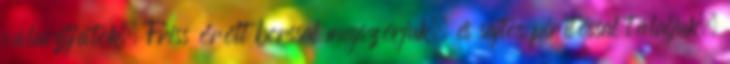
választjátok. Friss őrölt borssal megszórjuk, és sajtos pirítóssal tálaljuk.